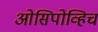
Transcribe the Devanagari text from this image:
ओसिपोव्हिच